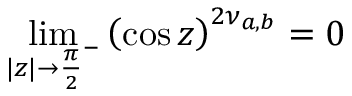
\displaystyle \operatorname* { l i m } _ { | z | \rightarrow { \frac { \pi } { 2 } } ^ { - } } { \left( \cos z \right) } ^ { 2 \nu _ { a , b } } = 0